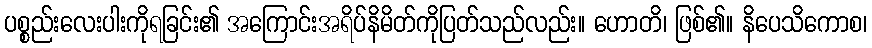
ပစ္စည်းလေးပါးကိုရခြင်း၏ အကြောင်းအရိပ်နိမိတ်ကိုပြတ်သည်လည်း။ ဟောတိ၊ ဖြစ်၏။ နိပေသိကောစ၊